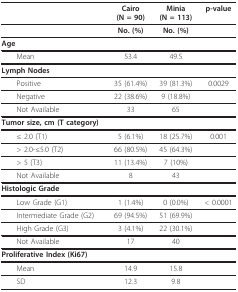
|  | Cairo(N = 90) | Minia(N = 113) | p-value |
 | --- | --- | --- | --- |
 |  | No. (%) | No. (%) |  |
 | Age |  |  |  |
 | Mean | 53.4 | 49.5 |  |
 | Lymph Nodes |  |  |  |
 | Positive | 35 (61.4%) | 39 (81.3%) | 0.0029 |
 | Negative | 22 (38.6%) | 9 (18.8%) |  |
 | Not Available | 33 | 65 |  |
 | Tumor size, cm (T category) |  |  |  |
 | ≤ 2.0 (T1) | 5 (6.1%) | 18 (25.7%) | 0.001 |
 | > 2.0-≤5.0 (T2) | 66 (80.5%) | 45 (64.3%) |  |
 | > 5 (T3) | 11 (13.4%) | 7 (10%) |  |
 | Not Available | 8 | 43 |  |
 | Histologic Grade |  |  |  |
 | Low Grade (G1) | 1 (1.4%) | 0 (0.0%) | < 0.0001 |
 | Intermediate Grade (G2) | 69 (94.5%) | 51 (69.9%) |  |
 | High Grade (G3) | 3 (4.1%) | 22 (30.1%) |  |
 | Not Available | 17 | 40 |  |
 | Proliferative Index (Ki67) |  |  |  |
 | Mean | 14.9 | 15.8 |  |
 | SD | 12.3 | 9.8 |  |